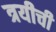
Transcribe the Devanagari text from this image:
त्रयीची